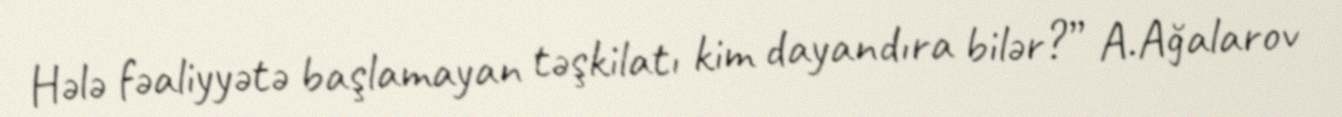
Hələ fəaliyyətə başlamayan təşkilatı kim dayandıra bilər?” A.Ağalarov